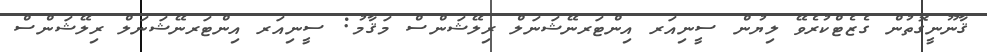
ޤާނޫނީގޮތުން ގެޒެޓްކުރެވޭ ލިޔުން ސީނިއަރ އިންޓަރނޭޝަނަލް ރިލޭޝަންސް މަޤާމު: ސީނިއަރ އިންޓަރނޭޝަނަލް ރިލޭޝަންސް